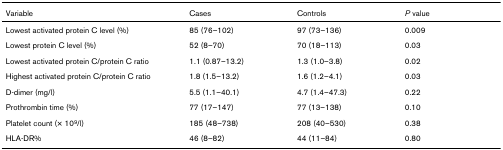
| Variable | Cases | Controls | P value |
 | --- | --- | --- | --- |
 | Lowest activated protein C level (%) | 85 (76–102) | 97 (73–136) | 0.009 |
 | Lowest protein C level (%) | 52 (8–70) | 70 (18–113) | 0.03 |
 | Lowest activated protein C/protein C ratio | 1.1 (0.87–13.2) | 1.3 (1.0–3.8) | 0.02 |
 | Highest activated protein C/protein C ratio | 1.8 (1.5–13.2) | 1.6 (1.2–4.1) | 0.03 |
 | D-dimer (mg/l) | 5.5 (1.1–40.1) | 4.7 (1.4–47.3) | 0.22 |
 | Prothrombin time (%) | 77 (17–147) | 77 (13–138) | 0.10 |
 | Platelet count (× 109/l) | 185 (48–738) | 208 (40–530) | 0.38 |
 | HLA-DR% | 46 (8–82) | 44 (11–84) | 0.80 |